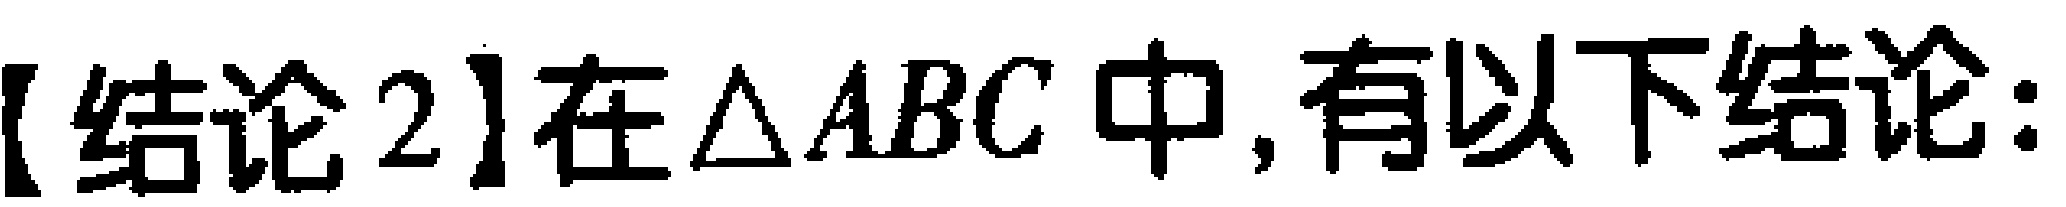
【结论2】在$\triangle ABC$中,有以下结论: